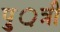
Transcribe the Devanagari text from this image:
पु़़त्री